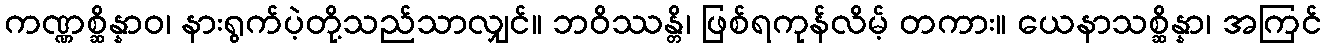
ကဏ္ဏစ္ဆိန္နာဝ၊ နားရွက်ပဲ့တို့သည်သာလျှင်။ ဘဝိဿန္တိ၊ ဖြစ်ရကုန်လိမ့် တကား။ ယေနာသစ္ဆိန္နာ၊ အကြင်